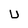
Character: U